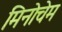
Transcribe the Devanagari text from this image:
मिनोचेम